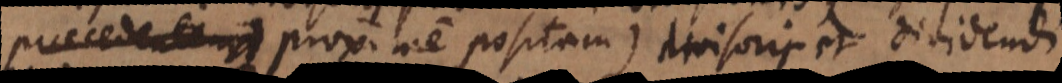
praecedentem) proxime positam) divisoris et divide